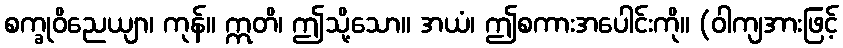
စက္ခုဝိညေယျာ၊ ကုန်။ ဣတိ၊ ဤသို့သော။ အယံ၊ ဤစကားအပေါင်းကို။ (ဝါကျအားဖြင့်